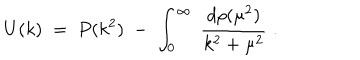
LaTeX: U ( k ) \; = \; P ( k ^ { 2 } ) \; - \; \int _ { 0 } ^ { \infty } \; \frac { d \rho ( \mu ^ { 2 } ) } { k ^ { 2 } + \mu ^ { 2 } } \; .